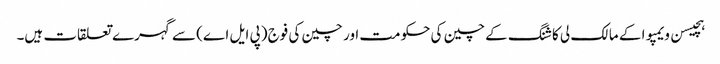
ہچیسن ویمپوا کے مالک لی کا شنگ کے چین کی حکومت اور چین کی فوج (پی ایل اے) سے گہرے تعلقات ہیں۔